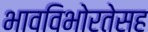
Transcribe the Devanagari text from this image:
भावविभोरतेसह